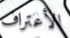
الأعتراف